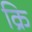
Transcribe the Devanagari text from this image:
क्रि